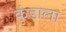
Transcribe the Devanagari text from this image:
कुंडाला